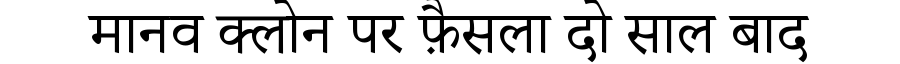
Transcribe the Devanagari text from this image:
मानव क्लोन पर फ़ैसला दो साल बाद